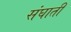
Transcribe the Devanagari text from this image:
संघाती